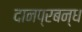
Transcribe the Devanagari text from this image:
दानप्रबन्ध